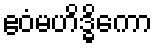
ဧဝံမဟိဒ္ဓိကော